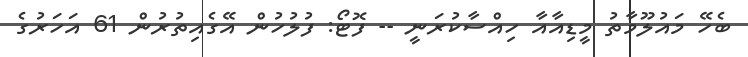
ބެހޭ މައުލޫމާތު މީޑިއާއާ ހިއްސާކުރަނީ -- ފޮޓޯ: ފުލުހުން އޭގެއިތުރުން 61 އަހަރުގެ